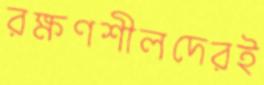
রক্ষণশীলদেরই